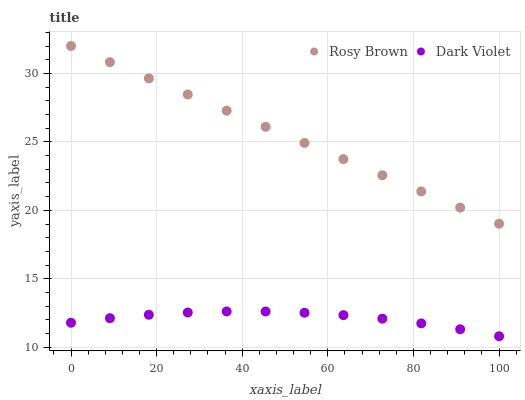
| xaxis_label | Rosy Brown | Dark Violet |
 | --- | --- | --- |
 | 0 | 32 | 11.8 |
 | 9.09 | 30.8 | 12.1 |
 | 18.2 | 29.6 | 12.4 |
 | 27.3 | 28.5 | 12.5 |
 | 36.4 | 27.3 | 12.6 |
 | 45.5 | 26.1 | 12.6 |
 | 54.5 | 24.9 | 12.5 |
 | 63.6 | 23.7 | 12.4 |
 | 72.7 | 22.6 | 12.1 |
 | 81.8 | 21.4 | 11.7 |
 | 90.9 | 20.2 | 11.3 |
 | 100 | 19 | 10.8 |